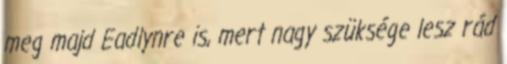
meg majd Eadlynre is, mert nagy szüksége lesz rád